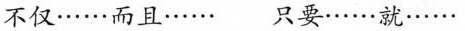
不仅……而且…… 只要……就……